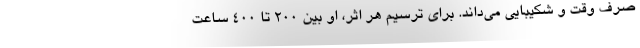
صرف وقت و شکیبایی می‌داند. برای ترسیم هر اثر، او بین ۲۰۰ تا ۴۰۰ ساعت